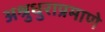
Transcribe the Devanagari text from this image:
अश्रुधुराप्रमाणे